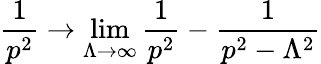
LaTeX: {\frac{1}{p^{2}}}\to\operatorname*{lim}_{\Lambda\to\infty}{\frac{1}{p^{2}}}-{\frac{1}{p^{2}-\Lambda^{2}}}